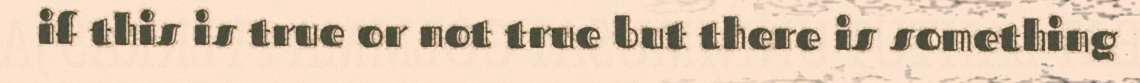
if this is true or not true but there is something